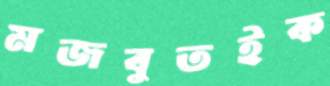
মজবুতইক